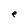
Character: e